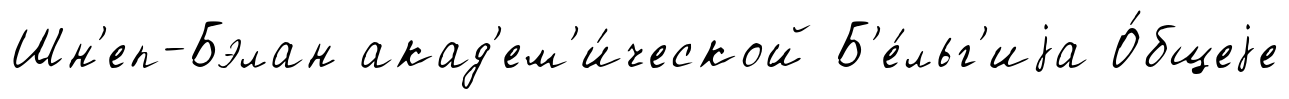
Шн'еп-Бэлан акад'ем'и́ческой Б'е́льг'иjа О́бщеjе